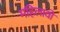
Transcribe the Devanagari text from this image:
महिलावों